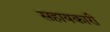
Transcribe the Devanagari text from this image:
सहायकारी